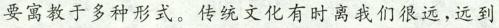
要寓教于多种形式。传统文化有时离我们很远,远到